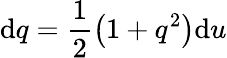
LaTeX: \mathrm{d}q=\frac{1}{2}\left(1+q^{2}\right)\mathrm{d}u